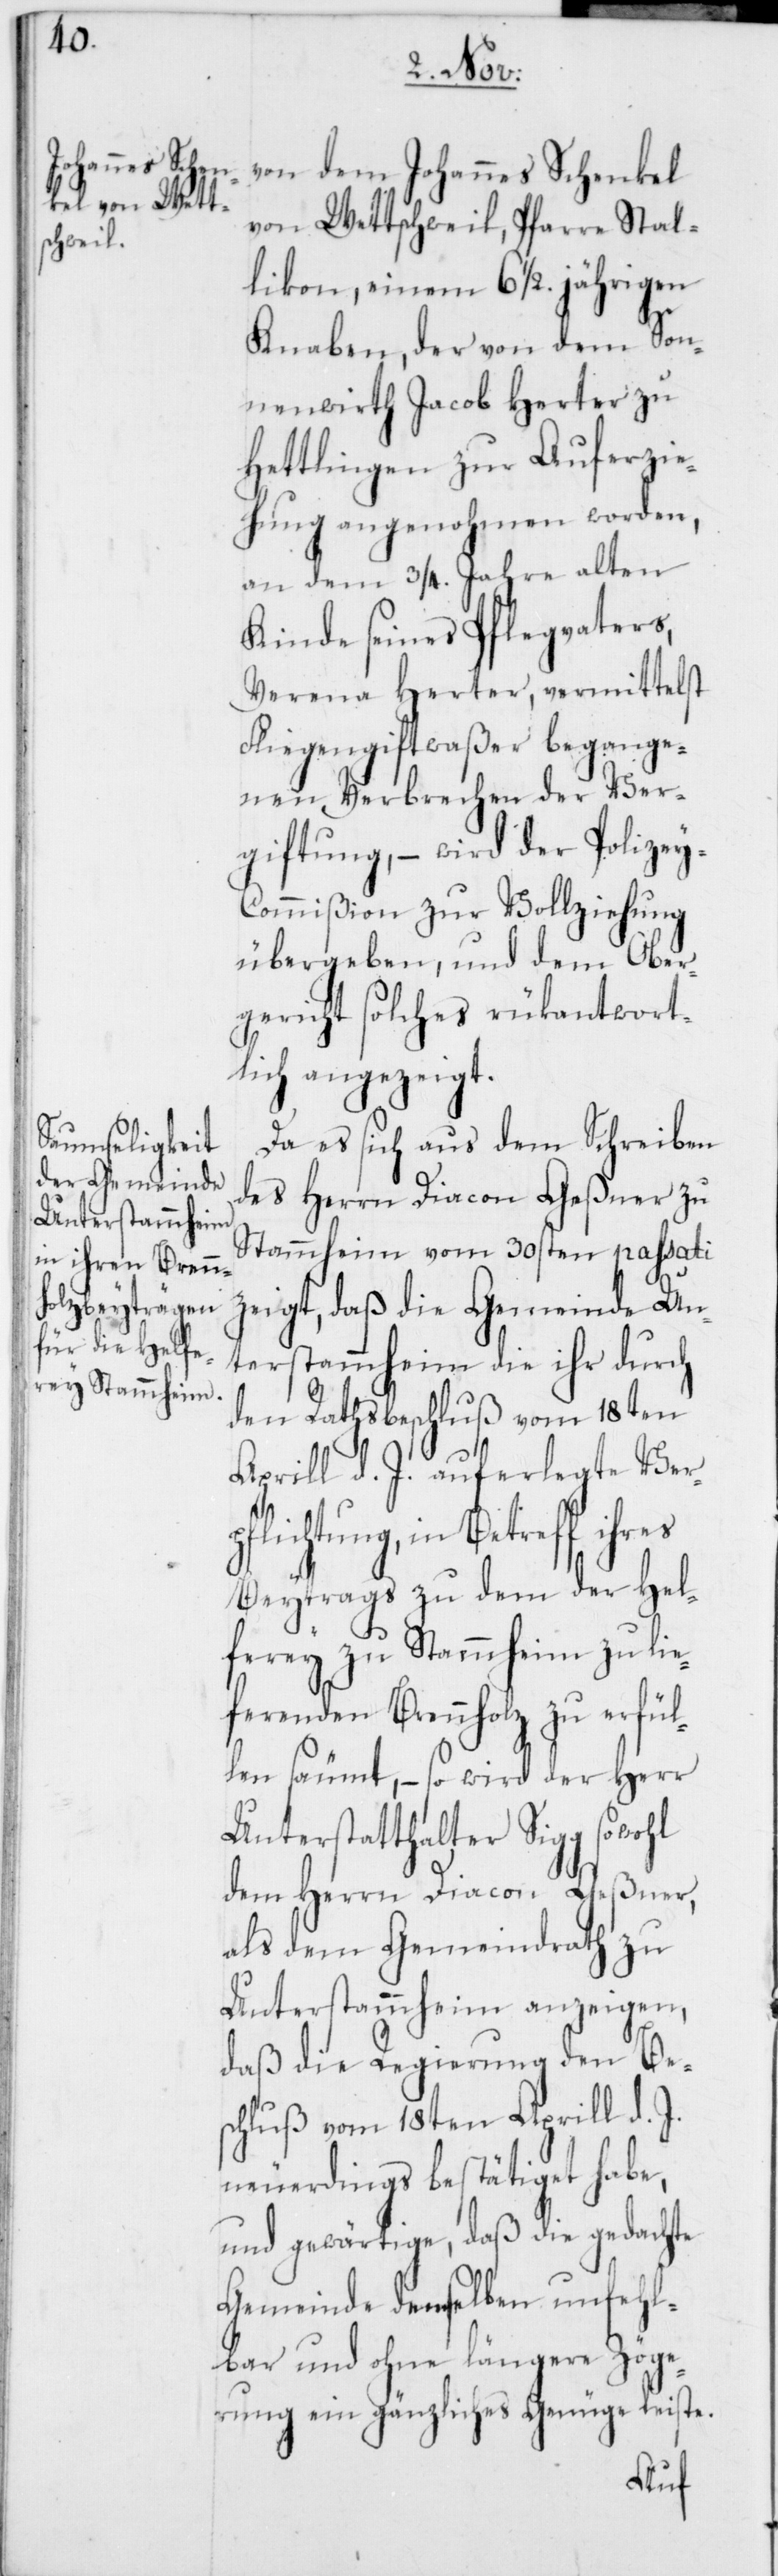
von dem Johannes Schenkel
von Wettschweil, Pfarre Stal¬
likon, einem 6 1/2 jährigen
Knaben, der von dem Son¬
nenwirth Jacob Herter zu
Hettlingen zur Auferzie¬
hung angenohmen worden,
an dem 3/4. Jahre alten
Kinde seines Pflegvaters,
Verena Herter, vermittelst
Fliegengiftwaßer begange¬
nen Verbrechen der Ver¬
giftung, – wird der Polizey-C¬
ommißion zur Vollziehung
übergeben, und dem Ober¬
gericht solches rükantwort¬
lich angezeigt.
Da es sich aus dem Schreiben
des Herrn Diacon Geßner zu
Stammheim vom 30sten passati
zeigt, daß die Gemeinde Un¬
terstammheim die ihr durch
den Rathsbeschluß vom 18ten
Aprill d. J. auferlegte Verp¬
flichtung, in Betreff
Beytrags zu dem der Hel¬
ferey zu Stammheim zu lie¬
ferenden Brennholz zu erfül¬
len säumt, – so wird der Herr
Unterstatthalter Sigg sowohl
dem Herrn Diacon Geßner,
als dem Gemeindrath zu
Unterstammheim anzeigen,
daß die Regierung den Bes¬
chluß vom 18ten Aprill d. J.
neuerdings bestätiget habe,
und gewärtige, daß die gedachte
Gemeinde denselben unfehl¬
bar und ohne längere Zöge¬
rung ein gänzliches Genüge leiste.